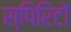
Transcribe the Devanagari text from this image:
स्पिरिटों